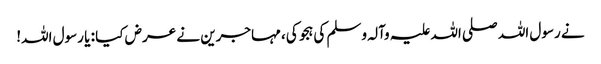
نے رسول اللہ صلی اللہ علیہ وآلہ وسلم کی ہجو کی، مہاجرین نے عرض کیا : یا رسول اللہ!